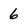
Character: 6